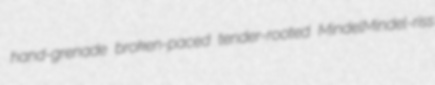
hand-grenade broken-paced tender-rooted MindelMindel-riss